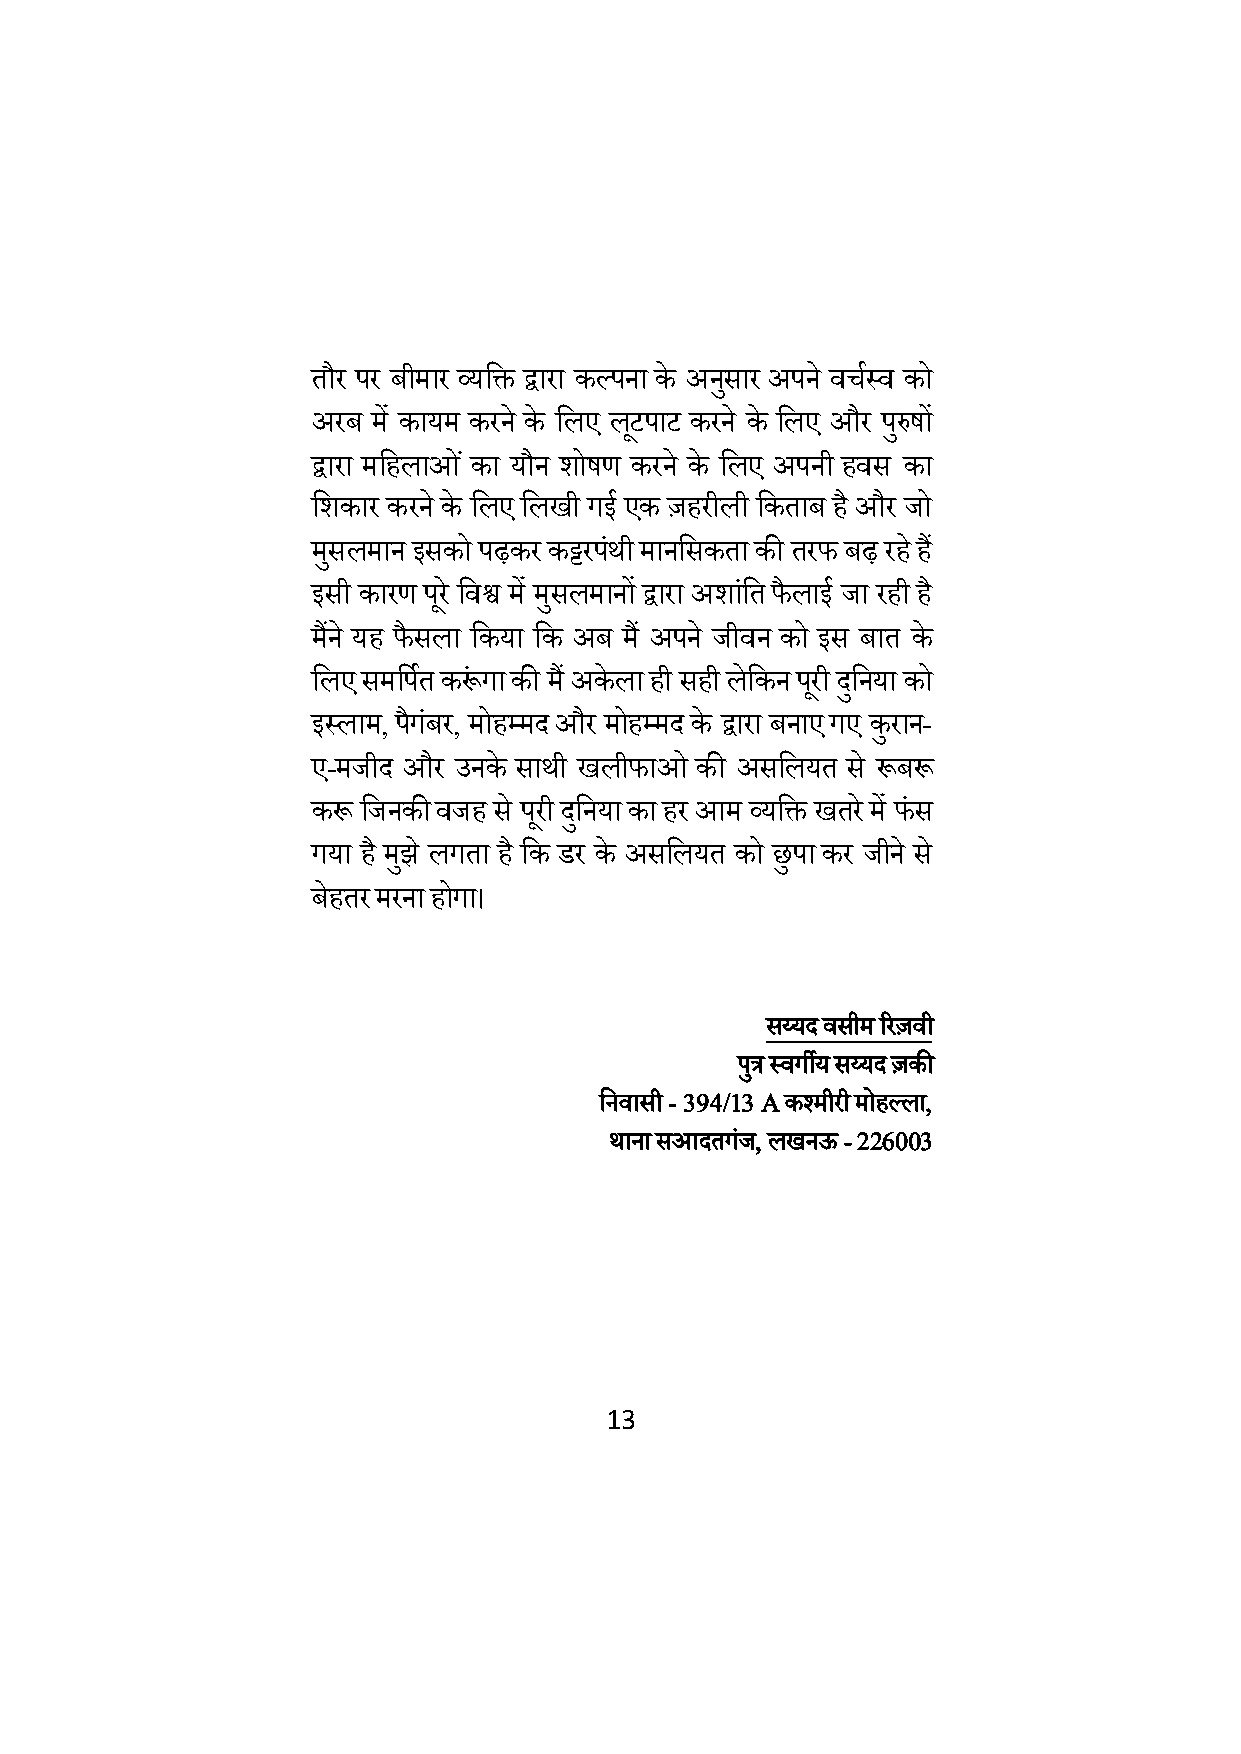
तौर पर बीमार व्यक्षि द्वारा ककपना के अनसु ार अपन े वचमलव को
 अरब म ें कायम करन े के क्षलए लिू पाि करन े के क्षलए और परुु षों
 द्वारा मक्षहलाओ ं का यौन िोषण करन े के क्षलए अपनी हवस का
 क्षिकार करन े के क्षलए क्षलखी गई एक ज़हरीली क्षकताब ह ै और जो
 मसु लमान इसको पढ़कर कट्टरपंथी मानक्षसकता की तरर् बढ़ रह े हैं
 इसी कारण परू े क्षवश्व म ें मसु लमानों द्वारा अिांक्षत र्ैलाई जा रही है
 मैंन े यह र्ैसला क्षकया क्षक अब मैं अपन े जीवन को इस बात के
 क्षलए समक्षपमत करूं गा की म ैं अकेला ही सही लेक्षकन परू ी दक्षु नया को
 इललाम, पैगंबर, मोहम्मद और मोहम्मद के द्वारा बनाए गए कुरान-
 ए-मजीद और उनके साथी खलीर्ाओ की असक्षलयत से रूबरू
 करू क्षजनकी वजह से परू ी दक्षु नया का हर आम व्यक्षि खतर े में र्ंस
 गया है मझु े लगता ह ै क्षक डर के असक्षलयत को छुपा कर जीन े से
 बेहतर मरना होगा।
 सय्यद वसीम ररज़वी
 पत्रु लवगीय सय्यद ज़की
 क्षनवासी - 394/13 A कश्मीरी मोहकला,
 थाना सआदतगंज, लखनऊ - 226003
 13